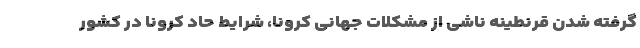
گرفته شدن قرنطینه ناشی از مشکلات جهانی کرونا، شرایط حاد کرونا در کشور